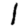
Digit: 1